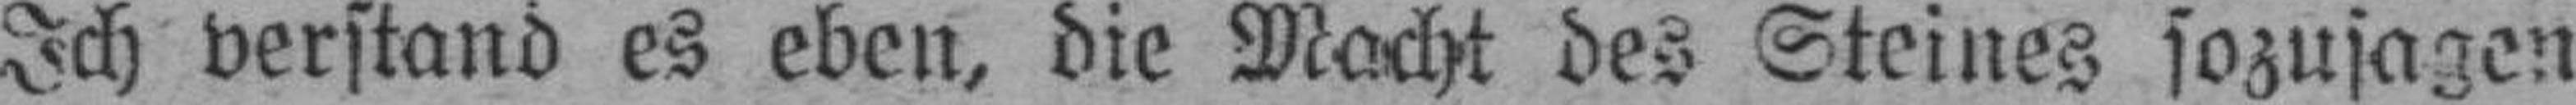
Ich verstand es eben, die Macht des Steines sozusagen